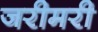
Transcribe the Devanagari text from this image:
जरीमरी